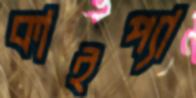
কাইপ্যা